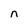
Character: n